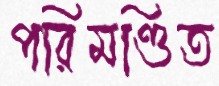
পরিমণ্ডিত